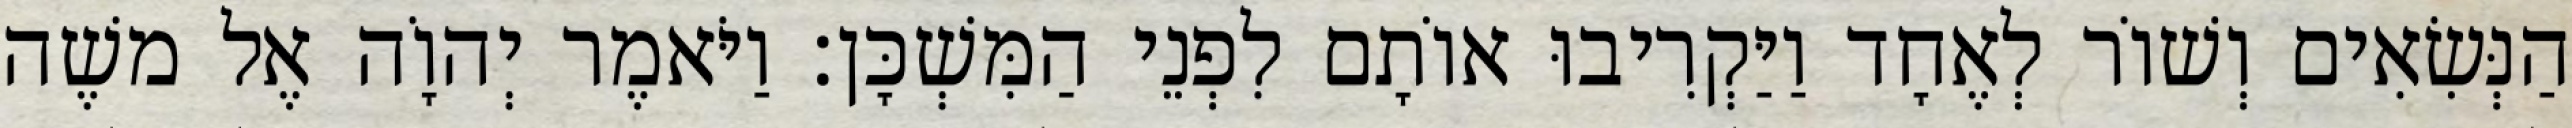
הַנְּשִׂאִים וְשׁוֹר לְאֶחָד וַיַּקְרִיבוּ אוֹתָם לִפְנֵי הַמִּשְׁכָּן׃ וַיֹּאמֶר יְהוָֹה אֶל משֶׁה